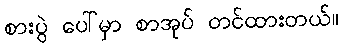
စားပွဲ ပေါ်မှာ စာအုပ် တင်ထားတယ်။